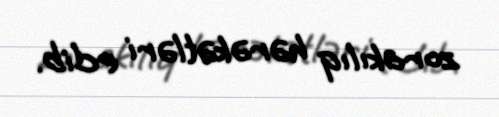
zorakılıq hərəkətləri edib.